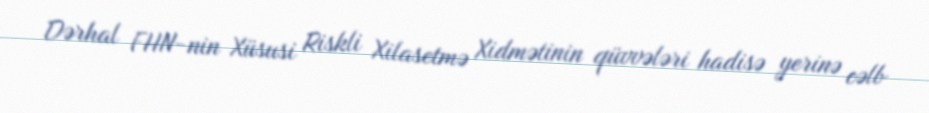
Dərhal FHN-nin Xüsusi Riskli Xilasetmə Xidmətinin qüvvələri hadisə yerinə cəlb